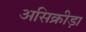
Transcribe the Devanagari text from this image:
असिक्रीड़ा